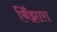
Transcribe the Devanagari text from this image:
बिँझारा